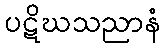
ပဋိဃသညာနံ